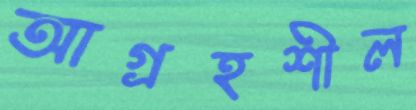
আগ্রহশীল